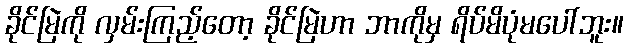
ခိုင်မြဲကို လှမ်းကြည့်တော့ ခိုင်မြဲဟာ ဘာကိုမှ ရိပ်မိပုံမပေါ်ဘူး။